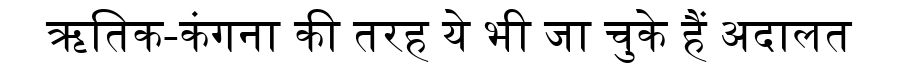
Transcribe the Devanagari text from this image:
ऋतिक-कंगना की तरह ये भी जा चुके हैं अदालत